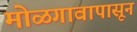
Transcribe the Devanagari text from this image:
मोळगावापासून